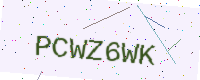
Text: PCWZ6WK